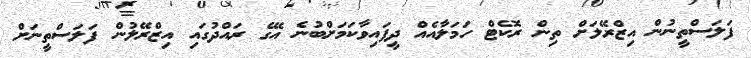
ފަލަސްތީނުން އިޒްރޭލަށް ތިން ރޮކެޓް ހަމަލާއެއް ދީފައިވާކަމަށްބުނެ އޭގެ ރައްދުގައި އިޒްރޭލުން ފަލަސްތީނަށް